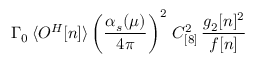
\Gamma _ { 0 } \, \langle { \cal O } ^ { H } [ n ] \rangle \left( \frac { \alpha _ { s } ( \mu ) } { 4 \pi } \right) ^ { 2 } \, C _ { [ 8 ] } ^ { 2 } \, \frac { g _ { 2 } [ n ] ^ { 2 } } { f [ n ] }